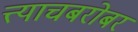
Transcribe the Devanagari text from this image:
त्त्याचबरोबर